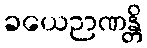
ခယေဉာဏန္တိ